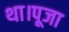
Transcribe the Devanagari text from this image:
था।पूजा